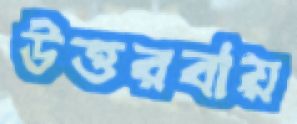
উত্তরবায়